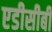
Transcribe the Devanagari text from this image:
एडीसीबी